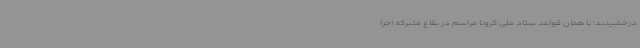
درخشیدند؛ با همان قواعد ستاد ملی کرونا مراسم در بقاع متبرکه اجرا